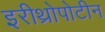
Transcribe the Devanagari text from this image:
इरीथ्रोपोटीन